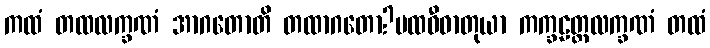
ကထံ တထလက္ခဏံ အာဂတောတိ တထာဂတော?ပထဝီဓာတုယာ ကက္ခဠတ္တလက္ခဏံ တထံ